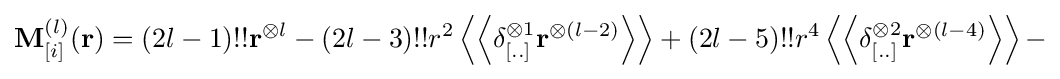
\mathbf {M} _{[i]}^{(l)}(\mathbf {r} )=(2l-1)!!\mathbf {r} ^{\otimes l}-(2l-3)!!r^{2}\left\langle \left\langle \delta _{[..]}^{\otimes 1}\mathbf {r} ^{\otimes (l-2)}\right\rangle \right\rangle +(2l-5)!!r^{4}\left\langle \left\langle \delta _{[..]}^{\otimes 2}\mathbf {r} ^{\otimes (l-4)}\right\rangle \right\rangle -